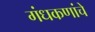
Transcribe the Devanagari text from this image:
गंधकणांचे